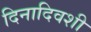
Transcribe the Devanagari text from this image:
दिनादिवशी